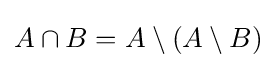
A\cap B=A\setminus (A\setminus B)